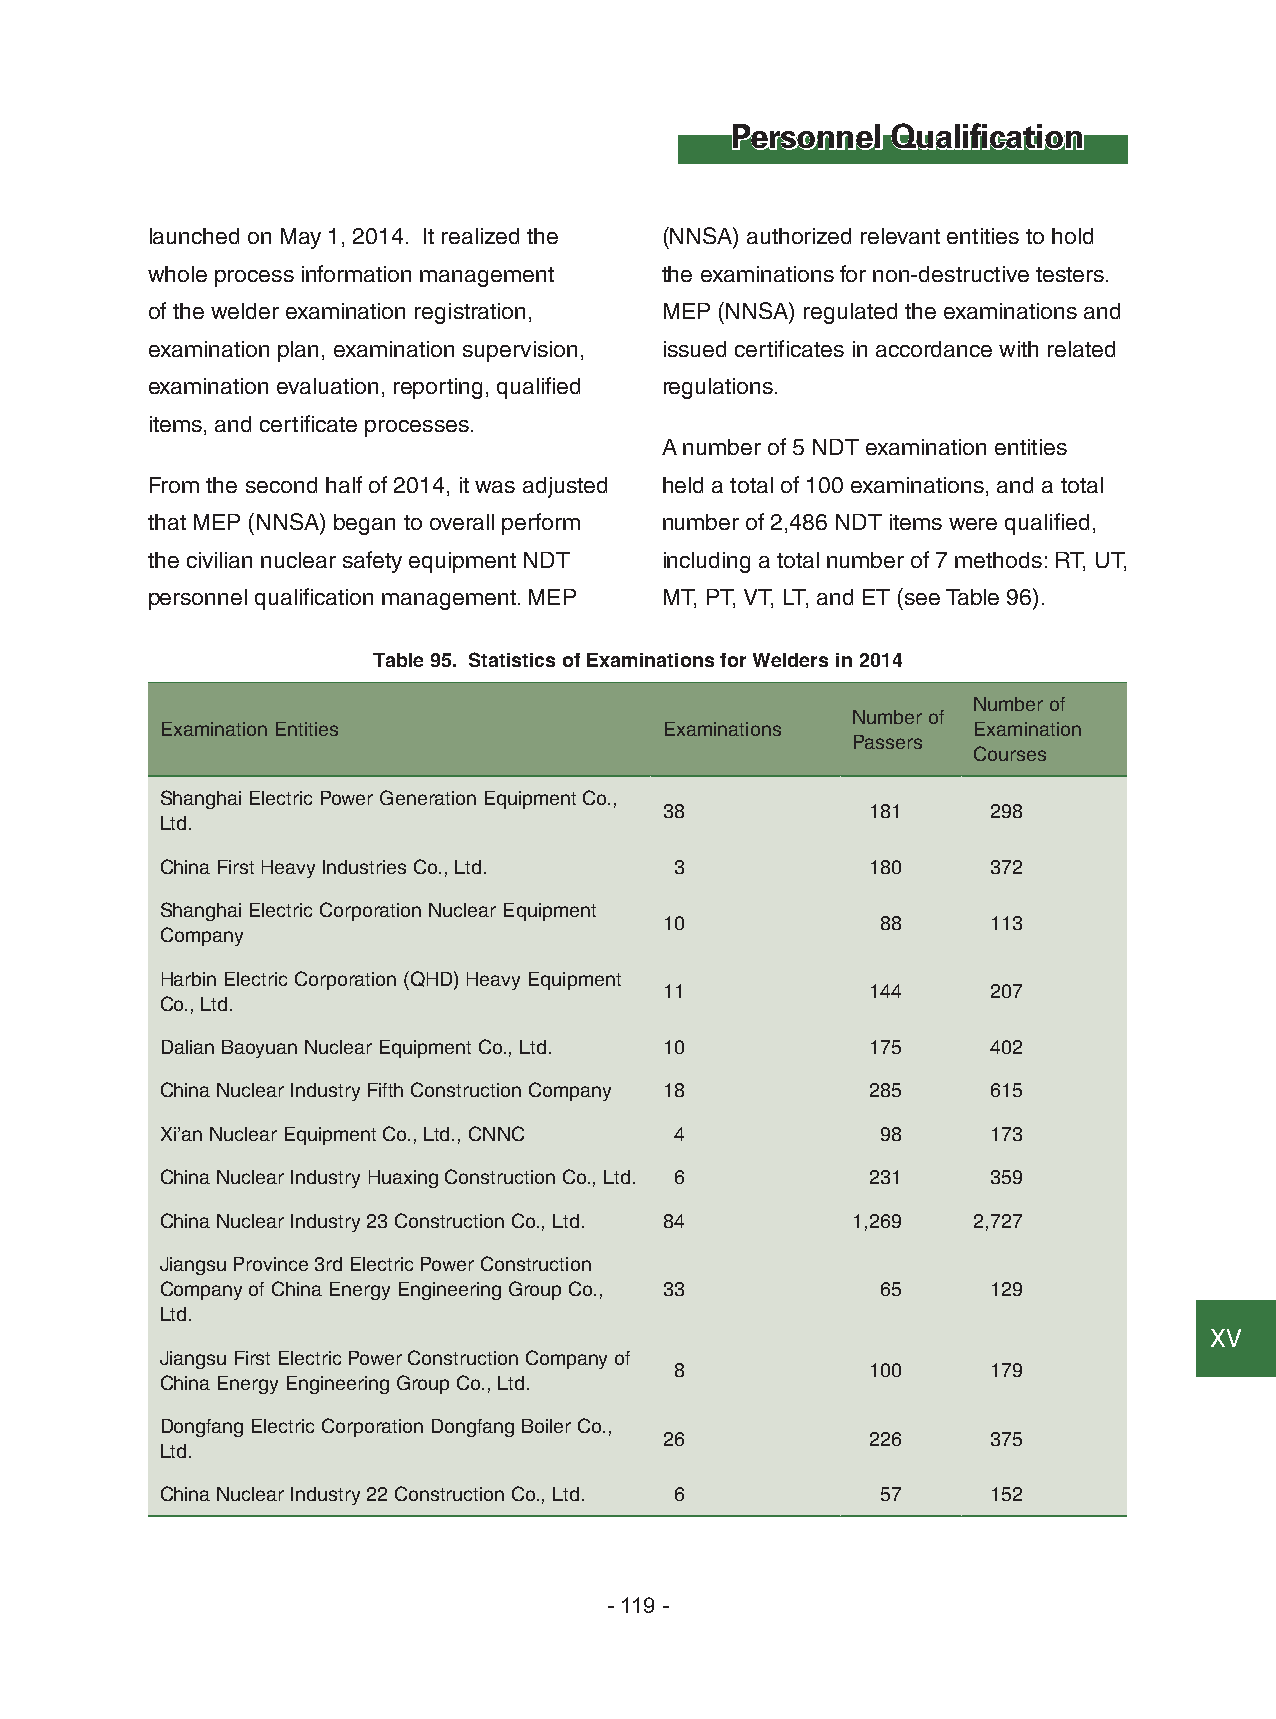
Personnel  Qualification
 launched on May 1, 2014. It realized the (NNSA) authorized relevant entities to hold
 whole process information management the examinations for non-destructive testers.
 of the welder examination registration, MEP (NNSA) regulated the examinations and
 examination plan, examination supervision, issued certificates in accordance with related
 examination evaluation, reporting, qualified regulations.
 items, and certificate processes.
 A number of 5 NDT examination entities
 From the second half of 2014, it was adjusted held a total of 100 examinations, and a total
 that MEP (NNSA) began to overall perform number of 2,486 NDT items were qualified,
 the civilian nuclear safety equipment NDT including a total number of 7 methods: RT, UT,
 personnel qualification management. MEP MT, PT, VT, LT, and ET (see Table 96).
 Table 95. Statistics of Examinations for Welders in 2014
 Number of
 Number of
 Examination Entities             Examinations        Examination
 Passers
 Courses
 Shanghai Electric Power Generation Equipment Co.,
 38            181     298
 Ltd.
 China First Heavy Industries Co., Ltd. 3       180     372
 Shanghai Electric Corporation Nuclear Equipment
 10            88      113
 Company
 Harbin Electric Corporation (QHD) Heavy Equipment
 11            144     207
 Co., Ltd.
 Dalian Baoyuan Nuclear Equipment Co., Ltd. 10  175     402
 China Nuclear Industry Fifth Construction Company 18 285 615
 Xi’an Nuclear Equipment Co., Ltd., CNNC 4      98      173
 China Nuclear Industry Huaxing Construction Co., Ltd. 6 231 359
 China Nuclear Industry 23 Construction Co., Ltd. 84 1,269 2,727
 Jiangsu Province 3rd Electric Power Construction
 Company of China Energy Engineering Group Co., 33 65   129
 Ltd.
 ⅩⅤ
 Jiangsu First Electric Power Construction Company of
 8            100     179
 China Energy Engineering Group Co., Ltd.
 Dongfang Electric Corporation Dongfang Boiler Co.,
 26            226     375
 Ltd.
 China Nuclear Industry 22 Construction Co., Ltd. 6 57  152
 - 119 -